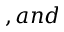
, a n d